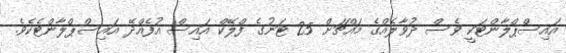
އައިސްޕްލާންޓަކީ ވެސް ދުވާލެއްގެ މައްޗަށް 25 ޓަނުގެ ފްލޭކް އައިސް އުފެއްދޭ އައިސްޕްލާންޓެކެވެ.